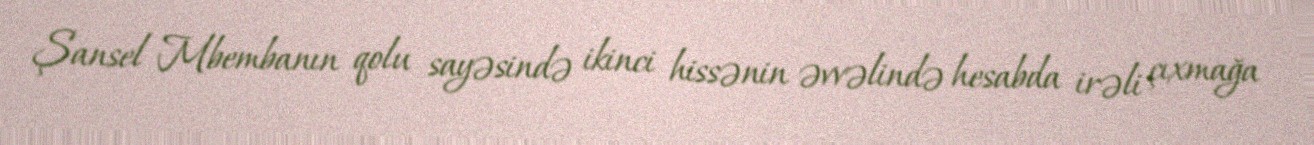
Şansel Mbembanın qolu sayəsində ikinci hissənin əvvəlində hesabda irəli çıxmağa